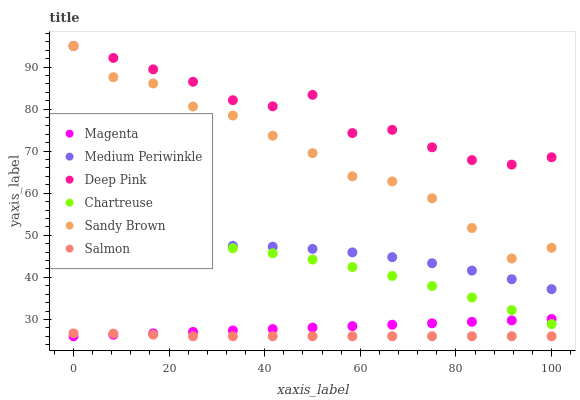
| xaxis_label | Magenta | Medium Periwinkle | Deep Pink | Chartreuse | Sandy Brown | Salmon |
 | --- | --- | --- | --- | --- | --- | --- |
 | 0 | 26 | 45.3 | 95 | 48.6 | 95 | 26.7 |
 | 8.33 | 26.3 | 46.3 | 92.2 | 48.7 | 87.6 | 26.6 |
 | 16.7 | 26.7 | 47 | 89.5 | 48.4 | 86.1 | 26.4 |
 | 25 | 27 | 47.4 | 86.5 | 47.8 | 80.6 | 26 |
 | 33.3 | 27.4 | 47.5 | 82.1 | 46.9 | 78.5 | 26 |
 | 41.7 | 27.7 | 47.3 | 80.7 | 45.7 | 73.7 | 26 |
 | 50 | 28.1 | 46.8 | 83.4 | 44.2 | 69.5 | 26 |
 | 58.3 | 28.4 | 45.9 | 74.3 | 42.4 | 64 | 26 |
 | 66.7 | 28.7 | 44.8 | 75.1 | 40.3 | 62.8 | 26 |
 | 75 | 29.1 | 43.4 | 70.9 | 37.9 | 58.8 | 26 |
 | 83.3 | 29.4 | 41.6 | 67.9 | 35.2 | 51.7 | 26 |
 | 91.7 | 29.8 | 39.6 | 66.8 | 32.2 | 44.5 | 26 |
 | 100 | 30.1 | 37.2 | 68.6 | 28.9 | 47 | 26 |